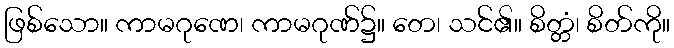
ဖြစ်သော။ ကာမဂုဏေ၊ ကာမဂုဏ်၌။ တေ၊ သင်၏။ စိတ္တံ၊ စိတ်ကို။